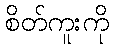
စိတ်ကူးကို